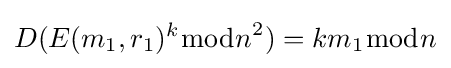
D(E(m_{1},r_{1})^{k}{\bmod {n}}^{2})=km_{1}{\bmod {n}}